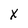
Character: X